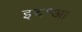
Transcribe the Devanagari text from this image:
इच्॰आ